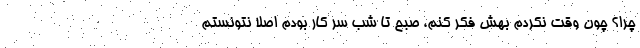
چرا؟ چون وقت نکردم بهش فکر کنم، صبح تا شب سر کار بودم اصلا نتونستم